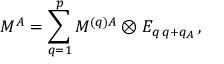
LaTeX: { \cal M } ^ { A } = \sum _ { q = 1 } ^ { p } { \cal M } ^ { ( q ) A } \otimes E _ { q \, q + q _ { A } } \, ,